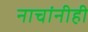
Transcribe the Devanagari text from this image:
नाचांनीही